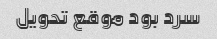
سرد بود موقع تحویل